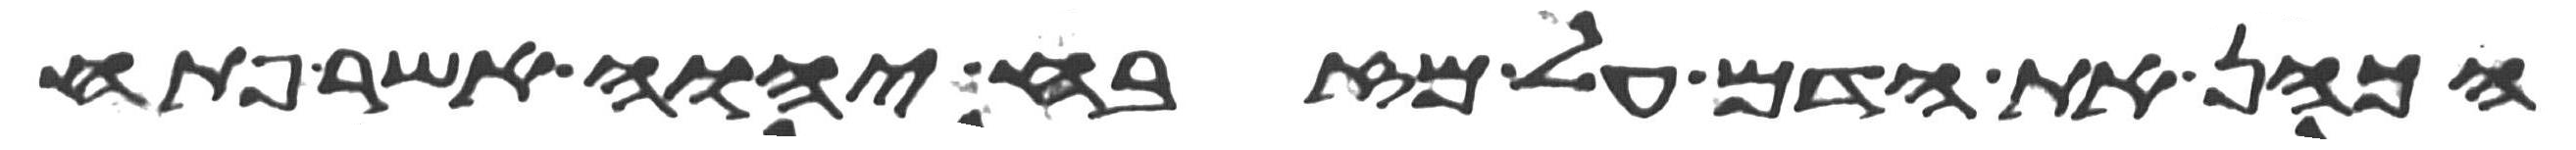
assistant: הכהן את הדם על מזבח יהוה אשר פתח